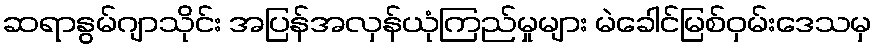
ဆရာနွမ်ဂျာသိုင်း အပြန်အလှန်ယုံကြည်မှုများ မဲခေါင်မြစ်ဝှမ်းဒေသမှ